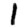
Digit: 1